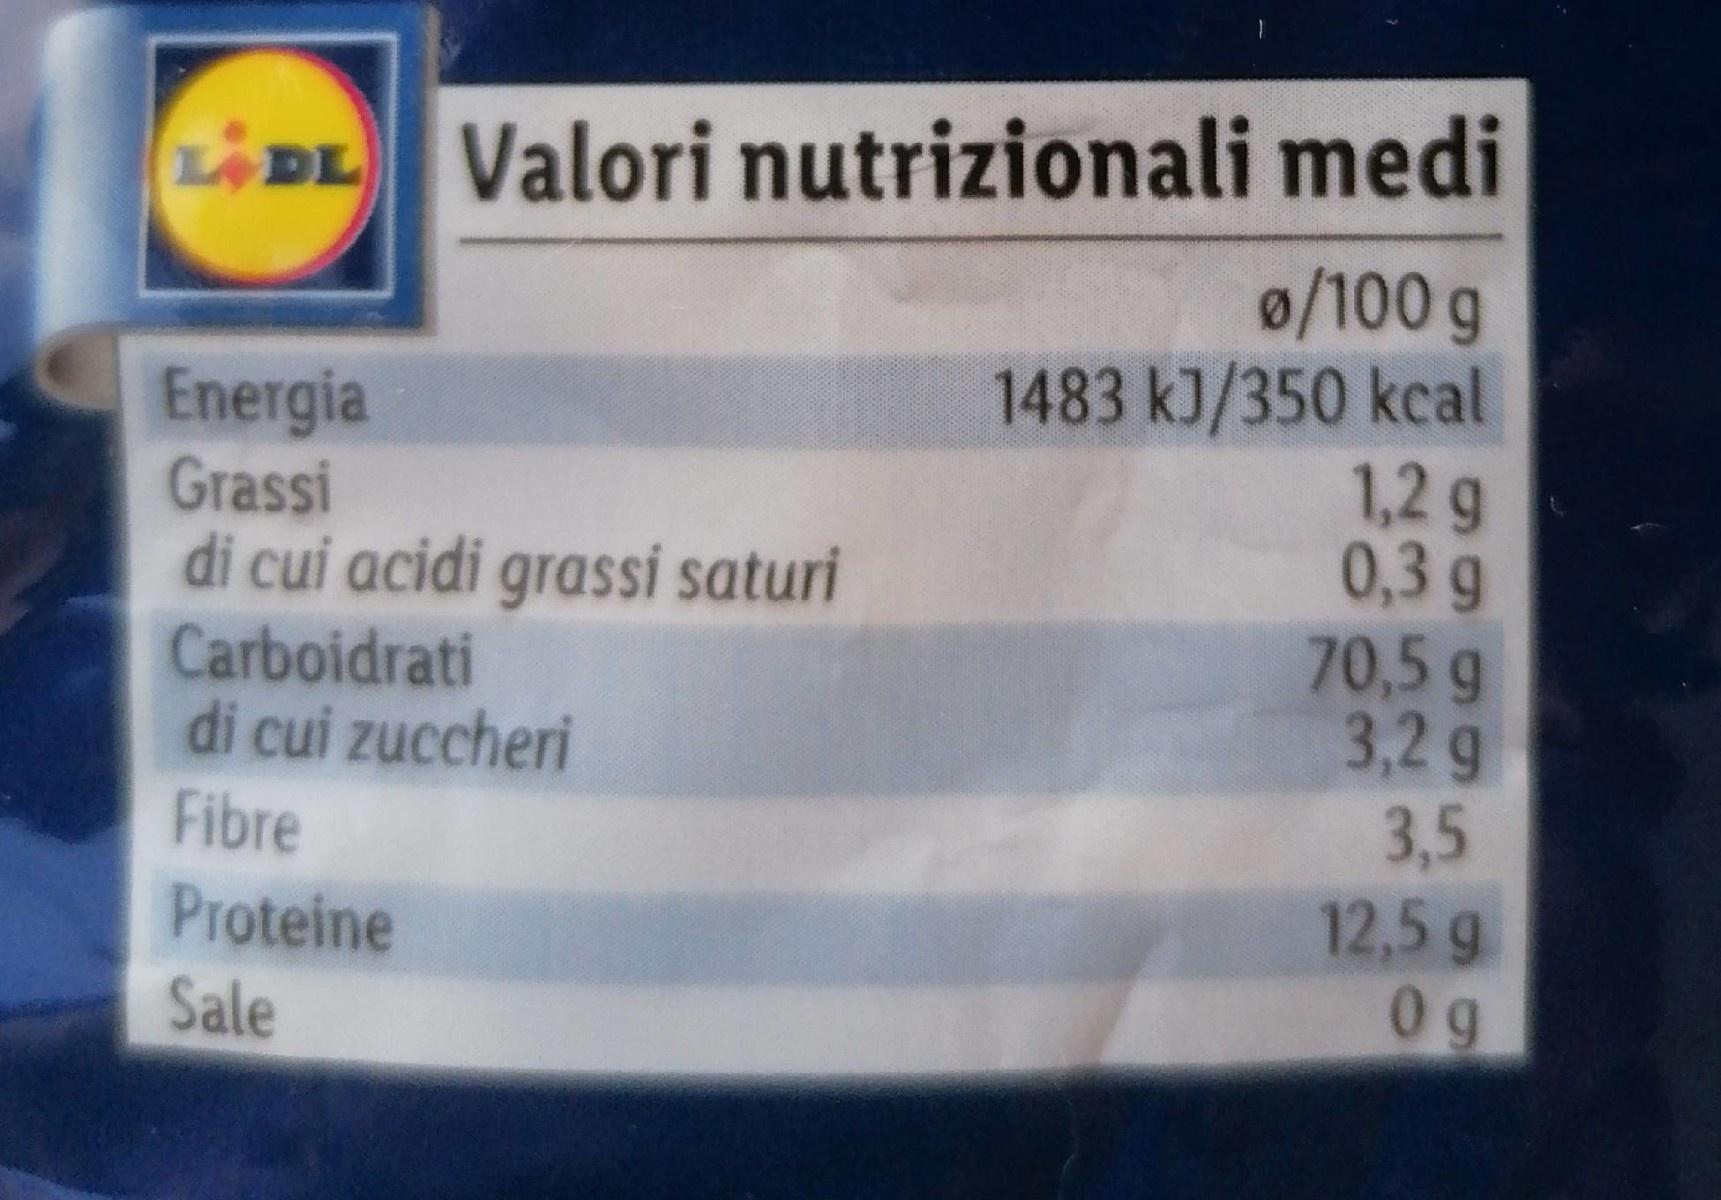
LDL Valori nutrizionali medi 0/100 g 1483 kJ/350 kcal 1,2 g 0,3 g 70,5 g 3,2g 3,5 12,5g 0 g
Energia Grassi di cui acidi grassi saturi Carboidrati di cui zuccheri
Fibre
Proteine Sale